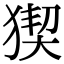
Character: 猰